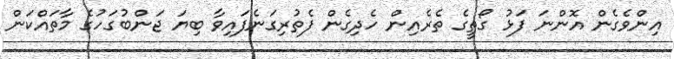
އިންވެގެން އޮންނަ ފަޅު ގޯތީގެ ތެރެއިން ހެދިގެން ފެތުރިގަނެފައިވާ ބިޔަ ޖަންބުގަހުގެ މާތައްކަން